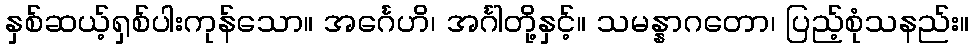
နှစ်ဆယ့်ရှစ်ပါးကုန်သော။ အင်္ဂေဟိ၊ အင်္ဂါတို့နှင့်။ သမန္နာဂတော၊ ပြည့်စုံသနည်း။